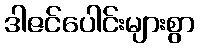
ဒါဇင်ပေါင်းများစွာ